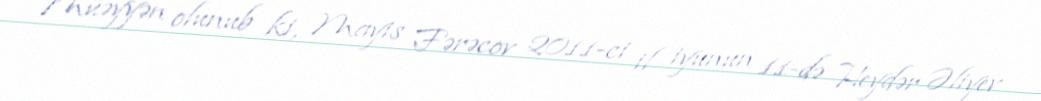
Müəyyən olunub ki, Mayis Fərəcov 2011-ci il iyunun 11-də Heydər Əliyev